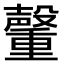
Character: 𮡞